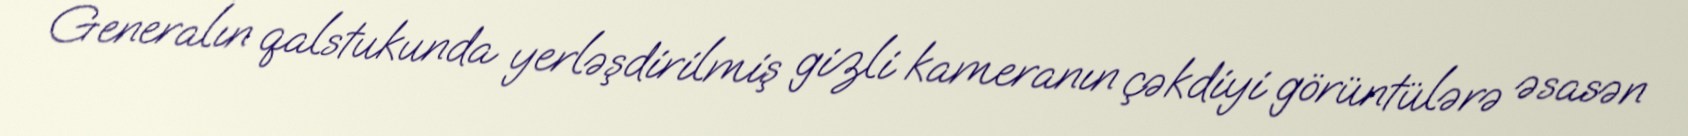
Generalın qalstukunda yerləşdirilmiş gizli kameranın çəkdiyi görüntülərə əsasən